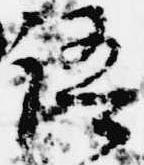
語